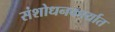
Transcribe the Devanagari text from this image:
संशोधनकार्यात